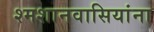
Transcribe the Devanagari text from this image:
श्मशानवासियांना